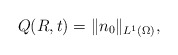
\begin{align*}Q(R,t)=\|n_{0}\|_{L^{1}(\Omega)},\end{align*}